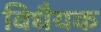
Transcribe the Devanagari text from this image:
विधैयक